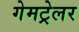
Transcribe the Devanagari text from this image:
गेमट्रेलर